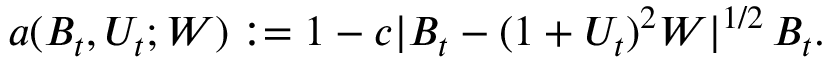
a ( B _ { t } , U _ { t } ; W ) : = 1 - c \lvert B _ { t } - ( 1 + U _ { t } ) ^ { 2 } W \rvert ^ { 1 / 2 } \, B _ { t } .